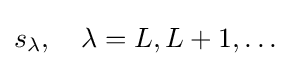
s_{\lambda },\quad \lambda =L,L+1,\dots